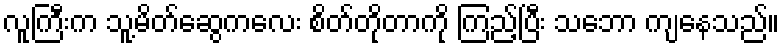
လူကြီးက သူ့မိတ်ဆွေကလေး စိတ်တိုတာကို ကြည့်ပြီး သဘော ကျနေသည်။